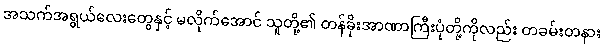
အသက်အရွယ်လေးတွေနှင့် မလိုက်အောင် သူတို့၏ တန်ခိုးအာဏာကြီးပုံတို့ကိုလည်း တခမ်းတနား